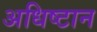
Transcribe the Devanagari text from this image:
अधिष्टान